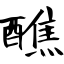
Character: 醮